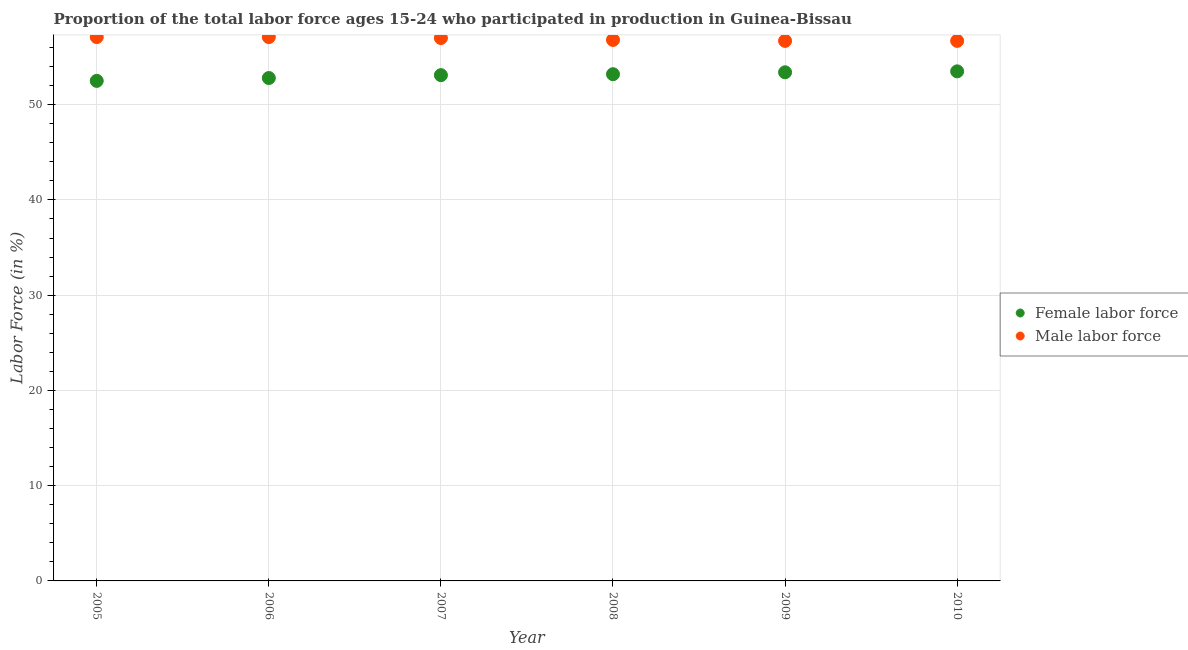
| Year | Female labor force | Male labor force |
 | --- | --- | --- |
 | 2005 | 52.5 | 57.1 |
 | 2006 | 52.8 | 57.1 |
 | 2007 | 53.1 | 57 |
 | 2008 | 53.2 | 56.8 |
 | 2009 | 53.4 | 56.7 |
 | 2010 | 53.5 | 56.7 |